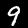
Digit: 9